Indian journal of veterinary science and animal husbandry - Volume 10,
Year: 1940
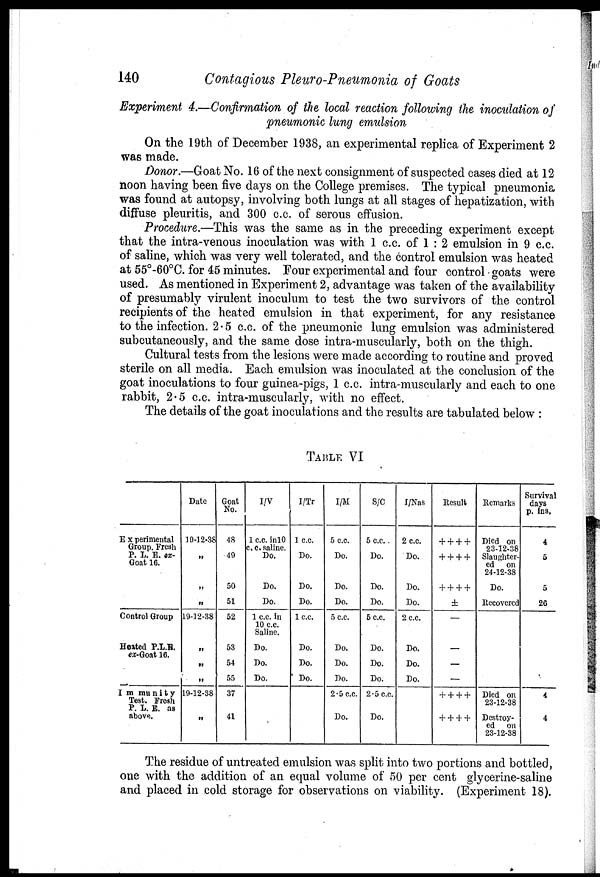
140
Contagious Pleuro-Pneumonia of Goats
Experiment 4.—Confirmation of the local reaction following the inoculation of
pneumonic lung emulsion
On the 19th of December 1938, an experimental replica of Experiment 2
was made.
Donor.—Goat No. 16 of the next consignment of suspected cases died at 12
noon having been five days on the College premises. The typical pneumonia
was found at autopsy, involving both lungs at all stages of hepatization, with
diffuse pleuritis, and 300 c.c. of serous effusion.
Procedure.—This was the same as in the preceding experiment except
that the intra-venous inoculation was with 1 c.c. of 1 : 2 emulsion in 9 c.c.
of saline, which was very well tolerated, and the control emulsion was heated
at 55°-60°C. for 45 minutes. Four experimental and four control goats were
used. As mentioned in Experiment 2, advantage was taken of the availability
of presumably virulent inoculum to test the two survivors of the control
recipients of the heated emulsion in that experiment, for any resistance
to the infection. 2.5 c.c. of the pneumonic lung emulsion was administered
subcutaneously, and the same dose intra-muscularly, both on the thigh.
Cultural tests from the lesions were made according to routine and proved
sterile on all media. Each emulsion was inoculated at the conclusion of the
goat inoculations to four guinea-pigs, 1 c.c. intra-muscularly and each to one
rabbit, 2.5 c.c. intra-muscularly, with no effect.
The details of the goat inoculations and the results are tabulated below :
TABLE VI
Experimental
Group. Fresh
P. L. E. ex-
Goat 16.
Control Group
Heated P.L.E.
ex-Goat 16.
Immunity
Test. Fresh
P. L. E. as
above.
Date
19-12-38
„
„
„
19-12-38
„
„
„
19-12-88
„
Goat
No.
48
49
50
51
52
53
54
55
37
41
I/V
1 c.c. in 10
c. c. saline.
Do.
Do.
Do.
1 c.c. in
10 c.c.
Saline.
Do.
Do.
Do.
I/Tr
1 c.c.
Do.
Do.
Do.
1 c.c.
Do.
Do.
Do.
I/M
5 c.c.
Do.
Do.
Do.
5 c.c.
Do.
Do.
Do.
2.5 c.c.
Do.
S/C
5 c.c.
Do.
Do.
Do.
5 c.c.
Do.
Do.
Do.
2.5 c.c.
Do.
I/Nas
2 c.c.
Do.
Do.
Do.
2 c.c.
Do.
Do.
Do.
Result
+ + + +
+ + + +
+ + + +
±
—
—
—
+ + + +
+ + + +
Remarks
Died on
23-12-38
Slaughter-
ed on
24-12-38
Do.
Recovered
Died on
23-12-38
Destroy-
ed on
23-12-38
Survival
days
p. ins.
4
5
5
26
4
4
The residue of untreated emulsion was split into two portions and bottled,
one with the addition of an equal volume of 50 per cent glycerine-saline
and placed in cold storage for observations on viability. (Experiment 18).